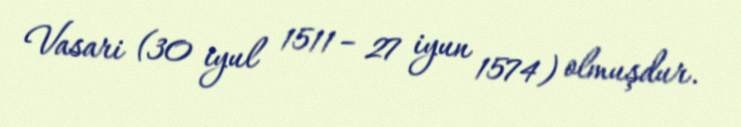
Vasari (30 iyul 1511 – 27 iyun 1574) olmuşdur.